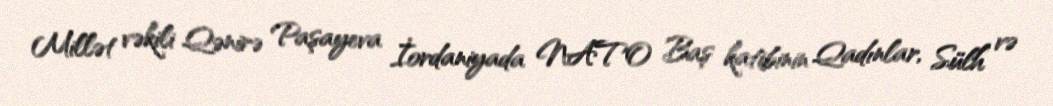
Millət vəkili Qənirə Paşayeva İordaniyada NATO Baş katibinin Qadınlar, Sülh və